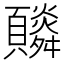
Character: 𩕼